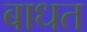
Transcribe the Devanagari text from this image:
बाधत